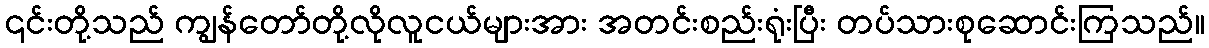
၎င်းတို့သည် ကျွန်တော်တို့လိုလူငယ်များအား အတင်းစည်းရုံးပြီး တပ်သားစုဆောင်းကြသည်။